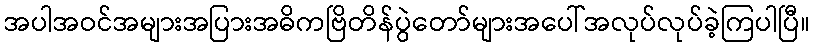
အပါအဝင်အများအပြားအဓိကဗြိတိန်ပွဲတော်များအပေါ်အလုပ်လုပ်ခဲ့ကြပါပြီ။